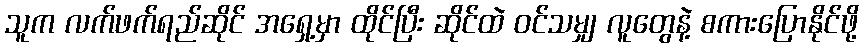
သူက လက်ဖက်ရည်ဆိုင် အရှေ့မှာ ထိုင်ပြီး ဆိုင်ထဲ ဝင်သမျှ လူတွေနဲ့ စကားပြောနိုင်ဖို့